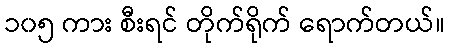
၁၀၅ ကား စီးရင် တိုက်ရိုက် ရောက်တယ်။